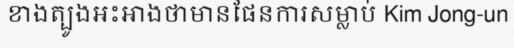
ខាងត្បូងអះអាងថាមានផែនការសម្លាប់ Kim Jong-un